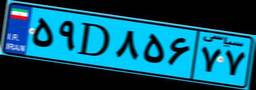
۸۵D۴۶۱۰۱